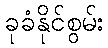
ခုခံနိုင်စွမ်း